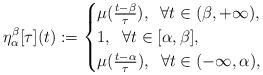
LaTeX: \begin{align*} \eta_{\alpha}^{\beta}[\tau](t):= \begin{cases} \mu(\frac{t-\beta}{\tau}), \;\; \forall t\in (\beta, +\infty), \\ 1, \;\; \forall t\in [\alpha, \beta], \\ \mu(\frac{t-\alpha}{\tau}), \;\; \forall t\in (-\infty, \alpha), \end{cases}\end{align*}